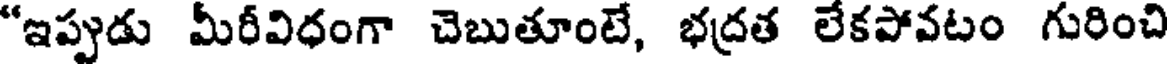
"ఇప్పుడు మీరీవిధంగా చెబుతూంటే, భద్రత లేకపోవటం గురించి